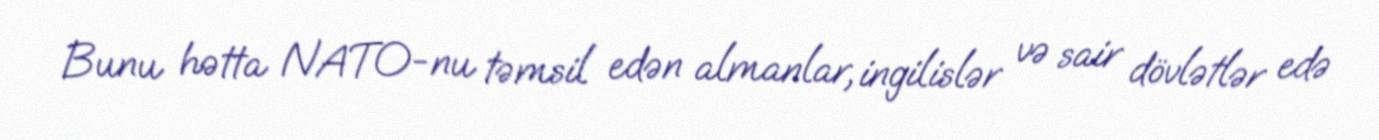
Bunu hətta NATO-nu təmsil edən almanlar, ingilislər və sair dövlətlər edə